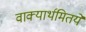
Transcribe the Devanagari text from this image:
वाक्यार्थमितये